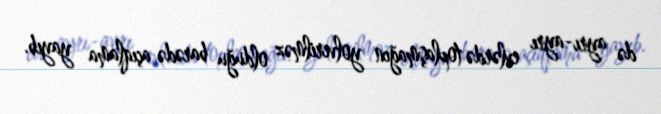
də ayrı-ayrı evlərdə toplaşmağın yolverilməz olduğu barədə açıqlama yayıb.